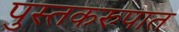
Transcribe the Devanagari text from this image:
पुस्तकरुपात